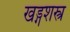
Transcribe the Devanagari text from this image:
खड्गशस्त्र